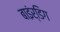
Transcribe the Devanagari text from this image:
बाइंर्डिग